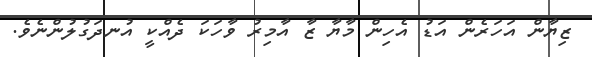
ޒިޔާން އަހަރެން އަޑު އެހިން މާޔާ ޒާ އާމިރު ވާހަކަ ދެއްކީ އުނދަގުލުންނެވެ.